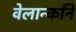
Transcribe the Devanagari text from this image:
वेलान्कनि